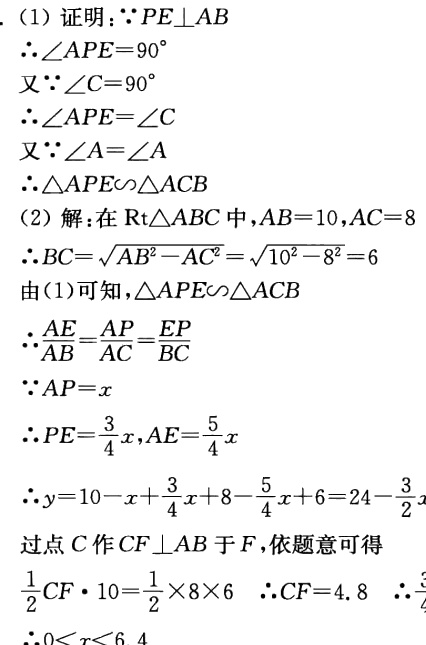
(1) 证明：
\(\because PE\perp AB\)
\(\therefore\angle APE = 90^{\circ}\)
又\(\because\angle C = 90^{\circ}\)
\(\therefore\angle APE=\angle C\)
又\(\because\angle A=\angle A\)
\(\therefore\triangle APE\sim\triangle ACB\)
(2) 解：在\(Rt\triangle ABC\)中，\(AB = 10\)，\(AC = 8\)
\(\therefore BC=\sqrt{AB^{2}-AC^{2}}=\sqrt{10^{2}-8^{2}} = 6\)
由(1)可知，\(\triangle APE\sim\triangle ACB\)
\(\therefore\frac{AE}{AB}=\frac{AP}{AC}=\frac{EP}{BC}\)
\(\because AP = x\)
\(\therefore PE=\frac{3}{4}x\)，\(AE=\frac{5}{4}x\)
\(\therefore y = 10 - x+\frac{3}{4}x+8-\frac{5}{4}x + 6=24-\frac{3}{2}x\)
过点\(C\)作\(CF\perp AB\)于\(F\)，依题意可得
\(\frac{1}{2}CF\cdot10=\frac{1}{2}\times8\times6\) \(\therefore CF = 4.8\) \(\therefore\)
\(0 < x<6.4\)